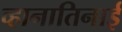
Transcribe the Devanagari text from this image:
व्हानातिनाई